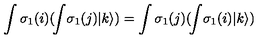
\int \sigma _ { 1 } ( i ) ( \! \int \! \sigma _ { 1 } ( j ) | k \rangle ) = \int \sigma _ { 1 } ( j ) ( \! \int \! \sigma _ { 1 } ( i ) | k \rangle )